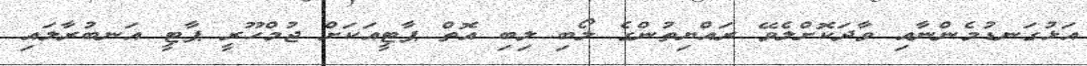
އަޅުގަނޑުމެންނާއި ވާދަކޮށްލެވޭ ރައްޔިތުންގެ ލޯބި ލިބި އޮތް ޕާޓީއަކަށް ޖުމްހޫރީ ޕާޓީ އަނބުރާލައި